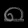
Digit: ၈